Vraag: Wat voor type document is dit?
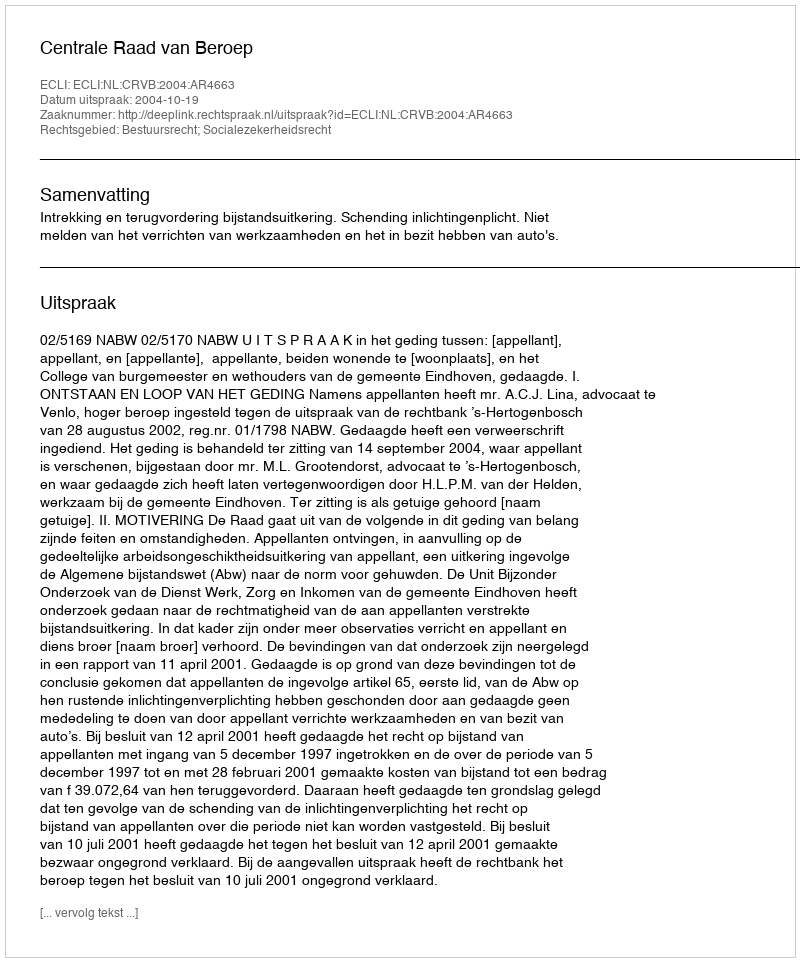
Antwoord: Uitspraak